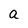
Character: a